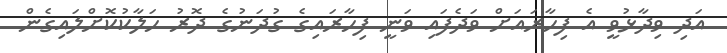
އަދި ވިދާޅުވީ އެ ފިހާރައަށް ވަދެފައި ވަނީ ފިހާރައިގެ ގުދަނުގެ ދޮރު ހަލާކުކޮށްލައިގެން